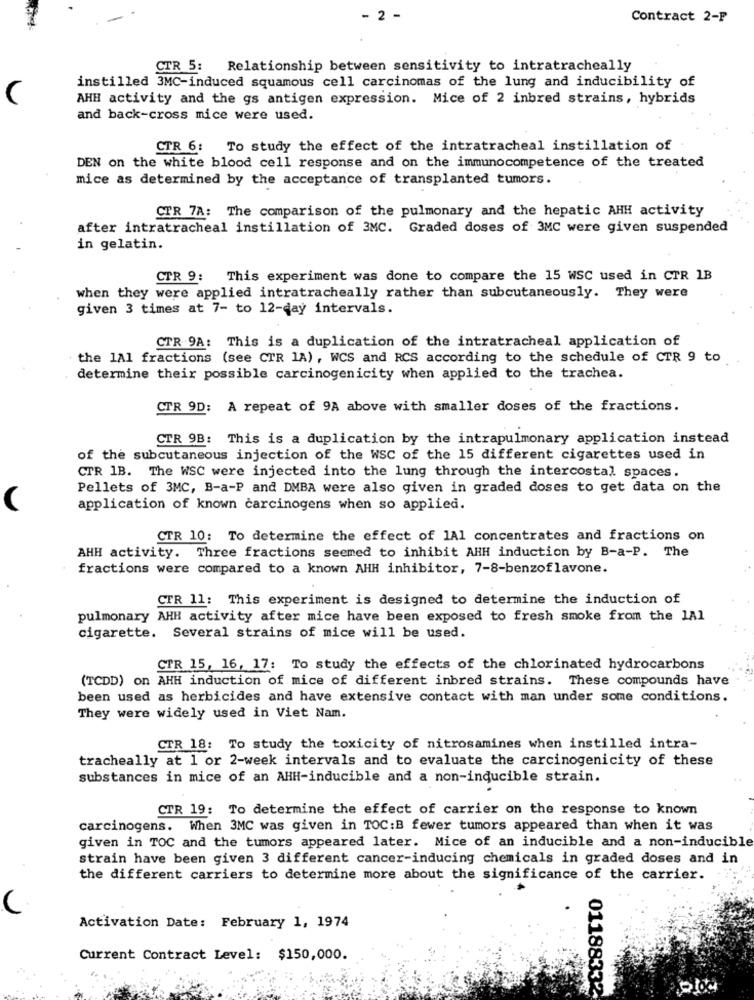
- 2 -
Contract 2-F
CTR 5: Relationship between sensitivity to intratracheally
instilled 3MC-induced squamous cell carcinomas of the lung and inducibility of
AHH activity and the gs antigen expression. Mice of 2 inbred strains, hybrids
and back-cross mice were used.
CTR 6: To study the effect of the intratracheal instillation of
DEN on the white blood cell response and on the immunocompetence of the treated
mice as determined by the acceptance of transplanted tumors.
CTR 7A: The comparison of the pulmonary and the hepatic AHH activity
after intratracheal instillation of 3MC. Graded doses of 3MC were given suspended
in gelatin.
CTR 9: This experiment was done to compare the 15 WSC used in CTR 1B
when they were applied intratracheally rather than subcutaneously. They were
given 3 times at 7- to 12-day intervals.
CTR 9A: This is a duplication of the intratracheal application of
the 1A1 fractions (see CTR 1A) , WCS and RCS according to the schedule of CTR 9 to
determine their possible carcinogenicity when applied to the trachea.
CTR 9D: A repeat of 9A above with smaller doses of the fractions.
CTR 9B: This is a duplication by the intrapulmonary application instead
of the subcutaneous injection of the WSC of the 15 different cigarettes used in
CTR 1B. The WSC were injected into the lung through the intercostal spaces.
Pellets of 3MC, B-a-P and DMBA were also given in graded doses to get data on the
(
application of known carcinogens when so applied.
CTR 10: To determine the effect of 1Al concentrates and fractions on
AHH activity. Three fractions seemed to inhibit AHH induction by B-a-P. The
fractions were compared to a known AHH inhibitor, 7-8-benzoflavone.
CTR 11: This experiment is designed to determine the induction of
pulmonary AHH activity after mice have been exposed to fresh smoke from the 1Al
cigarette. Several strains of mice will be used.
CTR 15, 16, 17: To study the effects of the chlorinated hydrocarbons
(TCDD) on AHH induction of mice of different inbred strains. These compounds have
been used as herbicides and have extensive contact with man under some conditions.
They were widely used in Viet Nam.
CTR 18: To study the toxicity of nitrosamines when instilled intra-
tracheally at 1 or 2-week intervals and to evaluate the carcinogenicity of these
substances in mice of an AHH-inducible and a non-inducible strain.
CTR 19: To determine the effect of carrier on the response to known
carcinogens. When 3MC was given in TOC:B fewer tumors appeared than when it was
given in TOC and the tumors appeared later. Mice of an inducible and a non-inducible
strain have been given 3 different cancer-inducing chemicals in graded doses and in
the different carriers to determine more about the significance of the carrier.
Activation Date: February 1, 1974
Current Contract Level: $150,000.
01188332